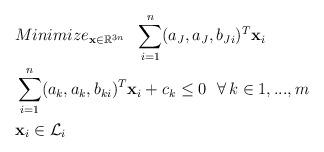
LaTeX: \begin{align*} & Minimize_{\mathbf{x}\in\mathbb{R}^{3n}}\ \ \sum\limits_{i=1}^n(a_J,a_J,b_{Ji})^T\mathbf{x}_i\\ &\sum\limits_{i=1}^n(a_k,a_k,b_{ki})^T\mathbf{x}_i+c_k\le0\ \ \forall\,k\in{1,...,m}\\ & \mathbf{x}_i\in\mathcal{L}_i \end{align*}